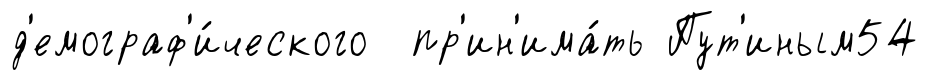
д'емограф'и́ческого пр'ин'има́ть Пут'иным54